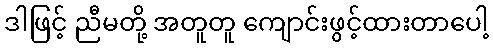
ဒါဖြင့် ညီမတို့ အတူတူ ကျောင်းဖွင့်ထားတာပေါ့